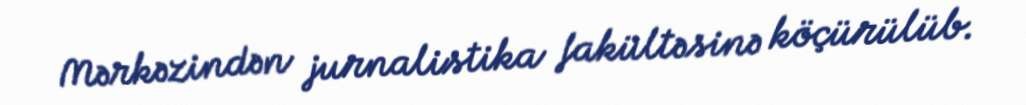
Mərkəzindən jurnalistika fakültəsinə köçürülüb.